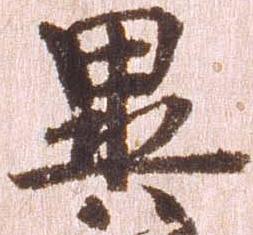
異